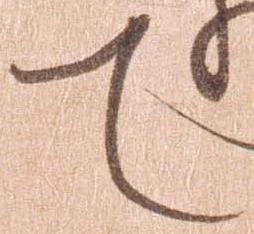
て